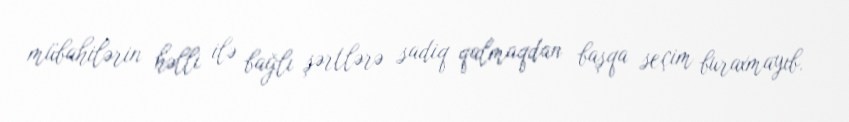
mübahilərin həlli ilə bağlı şərtlərə sadiq qalmaqdan başqa seçim buraxmayıb.